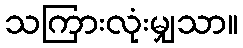
သကြားလုံးမျှသာ။